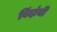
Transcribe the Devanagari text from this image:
विंदांची